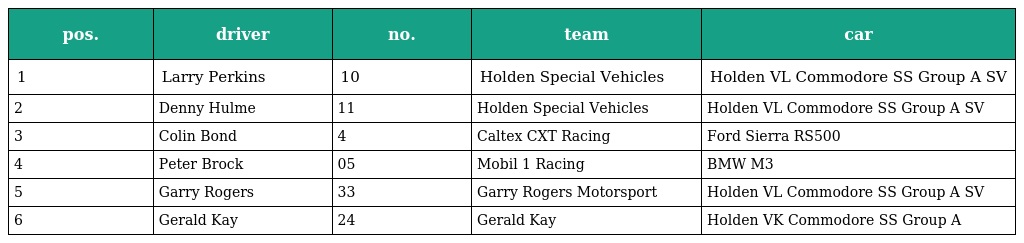
| pos. | driver | no. | team | car |
 | --- | --- | --- | --- | --- |
 | 1 | Larry Perkins | 10 | Holden Special Vehicles | Holden VL Commodore SS Group A SV |
 | 2 | Denny Hulme | 11 | Holden Special Vehicles | Holden VL Commodore SS Group A SV |
 | 3 | Colin Bond | 4 | Caltex CXT Racing | Ford Sierra RS500 |
 | 4 | Peter Brock | 05 | Mobil 1 Racing | BMW M3 |
 | 5 | Garry Rogers | 33 | Garry Rogers Motorsport | Holden VL Commodore SS Group A SV |
 | 6 | Gerald Kay | 24 | Gerald Kay | Holden VK Commodore SS Group A |